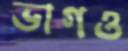
ভাগও